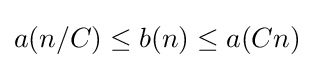
a(n/C)\leq b(n)\leq a(Cn)